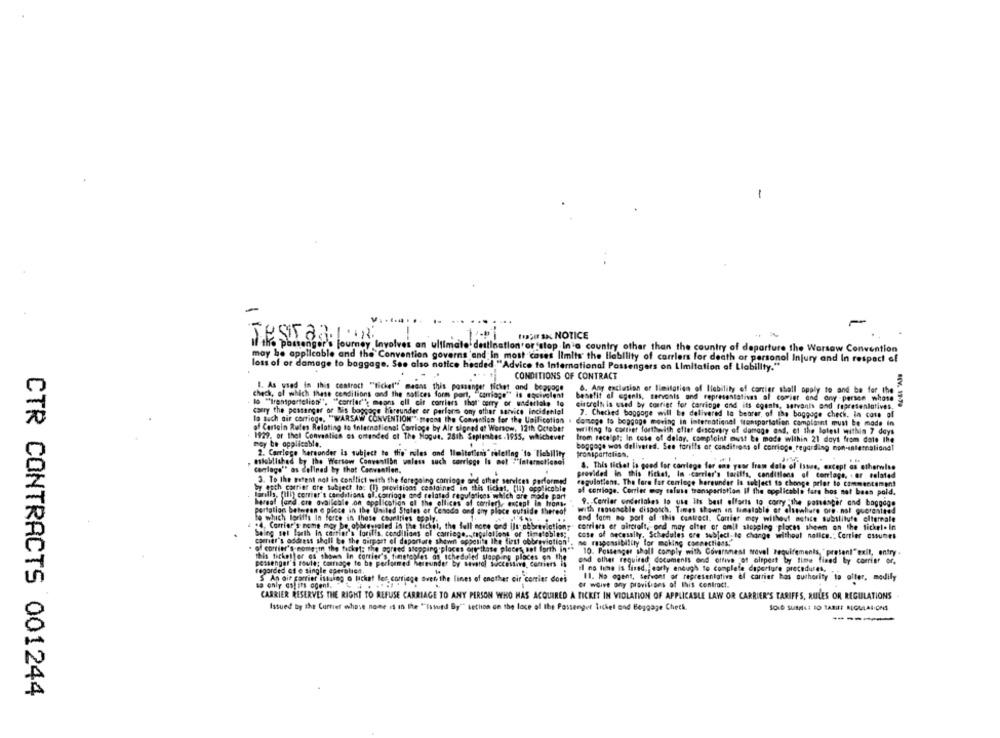
-
-
JEST aRIR
toSu sx NOTICE
If the passenger's journey Involves an ultimate destination or 'stop In'a country other than the country of departure the Warsaw Convention
may be applicable and the Convention governs and In most cases limits the liability of carriers for death or personal Injury and In respect of
loss of or damage to baggage. See also notice headed "Advice to International Passengers on Limitation of Liability."
CONDITIONS OF CONTRACT
1. As used in this centroct "tichel" magas this passenger Nichet and beppoge
6. Any exclusion er limitation of Ilability of cartier shall apply to and be for the
check, of which these conditions and the notices form port, "carriage"" is equivalent
benefit al egenis, servants and representativas al comier and ony -person whose
lo "Transportelion"", "carrier'', means all cit carriers that' cerry or undertake to
circrelt is used by courier for carringe and its egents, servants and representatives.
HEY. 19-20
carry the passenger or Bis baggage hareunder er perlene ony other service incidental
7. Checked baggage will be delivered la bearar, of the baggage check. in case of
la such air carriage, "WARSAW CONVENTION" means the Convention for the Unilication
of Certain Rutes Relating to International Carriage by Ale signed at Warsow, 12th October
damege to bopgage moving in international tramparlation complaint must be made in
1929. of thel Convaalich es ortunded of The Hague. 28th September.1955, whichever
writing to cartier forthwith efter discovery of damage and, et the latest within 7 days
from receipt; In case of delay, complaint must be made within 21 days from date the
mey be applicable.
baggage was delivered. See tariffs or conditions of carriage regarding non-entemalionel
2. Carrlege hersander is subject to the" rules and Ileitetiens " releting 'to 'Ilebility
tronspartalist,
established by the Warsaw Convention waless such corrige Is not :"International
carriage"" as Celined by that Canventien.
8. This ticket is goed for carlege for ans your fram date of Issue, except as otherwise
provided in this ticket, In -carrier's tariffs, conditions of carriage, . or related
by esth carriet are subject to: (I) provisions contained in this ticket, [l) applicable
3. To the extent not in conflict with the foregoing carriage and other services performed
regulations. The fare for comlege hereunder is subject to change prior to commentsment
falls, (all) conter's conditions al.carriage and related regulations which are mode part
al corrioge. Corrier way saluss transparistion Il the applicable fars hos not been pold.
Bereal (and cre available on application of the ellices of carrier), except In hons.
portation between e place in the United States of Canada and any place outside thereof
with roosenchle disposch, Times shown in lamelable ar elstwlivre ore. not guaranteed
9. Carrier onderlakes to use Its best efforts to corry -the passenger and baggage
.4, Carrier's none may be, ofbreyjaled in the ticket, t
@ which loriffs In force in these Countries teply.
and farm no port of this contract, Cartier may without notice substitute elternale
hui, the full core ond Ils ofbrevi
corriera or aircraft, and may alter or omit slapping places shown on the ticket. In
being set larth In carrier's lorilis, conditions al carriego, regulations or timetables ;.
case of decesally. Schedules are subject to change without notice .: Carrier assumes
carrier's address shall be the airport el daportare shown appatits Ike first abbreviation',
no responsibility for making connections.
of carrier's mome;in the facket: the agreed stopping places arethose places, set forth in **.
10. Passenger shall comply with Covarsmest travel requirements, "present"exil, entry .
this ticketfor os shows In carrier's, timerobles af scheduled slapping _places on the
and other required documents and ottive at airport by time fined by corrier or,
passenger's soule: courage to be performed hereunder by several Successive, Corriers in
il no time is fixed. early enough to complete daportare procedures,
regarded as e single eperalica.
5 An air carrier istuing o ticket les, cortiage avet the lines of enother cir corrier does
to only colits ogent."
11. No ogent, servant of representative of carrier has authority to alter, modify
Of wGive any provitypes of this contract.
CARRIER RESERVES THE RIGHT TO REFUSE CARRIAGE TO ANY PERSON WHO HAS ACQUIRED A TICKET IN VIOLATION OF APPLICABLE LAW OR CARRIER'S TARIFFS, RULES OR REGULATIONS
Issued by the Cartief whose name is in the ""Issued By"" sethion on the lace of the Passenger ticket and Beggage Check.
SOLD SURMELI BO TARIEF REGULAIONS
-------
CTR CONTRACTS 001244